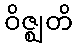
ဝိဇ္ဈတိ